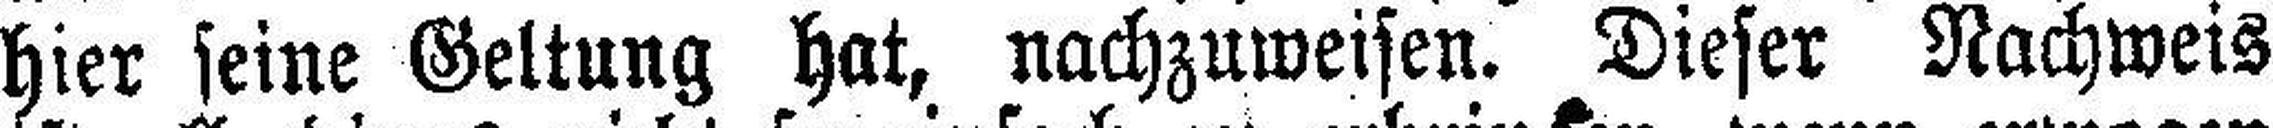
hier seine Geltung hat, nachzuweisen. Dieser Nachweis